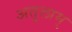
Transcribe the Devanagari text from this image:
अतुलाम्